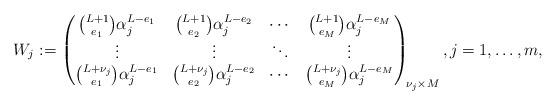
LaTeX: \begin{align*}W_j :=\begin{pmatrix}\binom{L + 1}{e_1} \alpha_j^{L-e_1} & \binom{L + 1}{e_2} \alpha_j^{L-e_2} & \cdots & \binom{L + 1}{e_M} \alpha_j^{L-e_M}\\\vdots & \vdots & \ddots & \vdots \\\binom{L + \nu_j}{e_1} \alpha_j^{L-e_1} & \binom{L + \nu_j}{e_2} \alpha_j^{L-e_2} & \cdots & \binom{L + \nu_j}{e_M} \alpha_j^{L-e_M}\end{pmatrix}_{\!\nu_j \times M},j=1, \ldots, m,\end{align*}